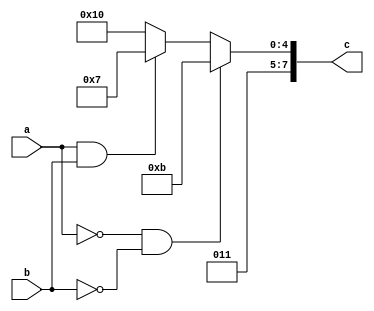
module carry(a,b,c);

input a,b;
output reg[7:0] c;


always@(a,b)
begin 

if(a==0 && b==0)
 c = "k";
else if(a==1 && b==1)
 c = "g";
else
 c = "p";

end

endmodule